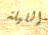
الليلة